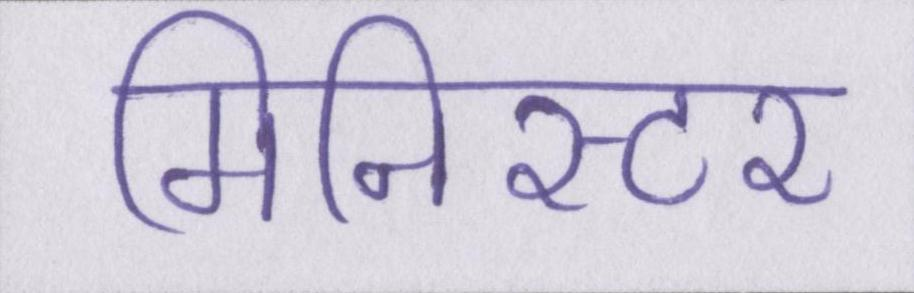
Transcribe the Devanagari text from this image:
मिनिस्टर